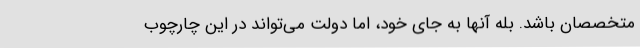
متخصصان باشد. بله آنها به جای خود، اما دولت می‌تواند در این چارچوب